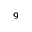
^ { 9 }